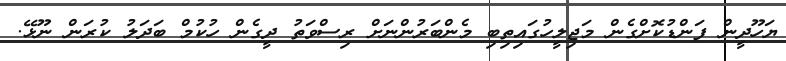
ޔަހޫދީން ފަންޑުކޮށްގެން މަޖިލީހުގައިތިބި މެންބަރުންނަށް ރިސްވަތު ދީގެން ހުކުމް ބަދަލު ކުރަން ނޫޅޭ.